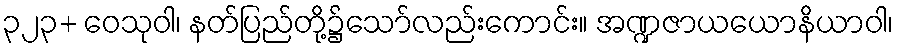
၃၂၃+ ဝေသုဝါ၊ နတ်ပြည်တို့၌သော်လည်းကောင်း။ အဏ္ဍဇာယယောနိယာဝါ၊